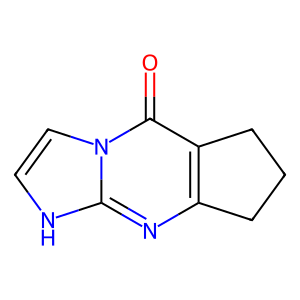
SMILES: O=c1c2c(nc3[nH]ccn13)CCC2
Inhibits HIV replication: No